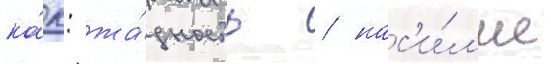
ка́к: жа́дность / нас'и́л'ие